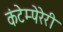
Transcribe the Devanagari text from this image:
कंटेम्पेरेरी